Report of the Imperial Institute of Veterinary Research, Muktesar
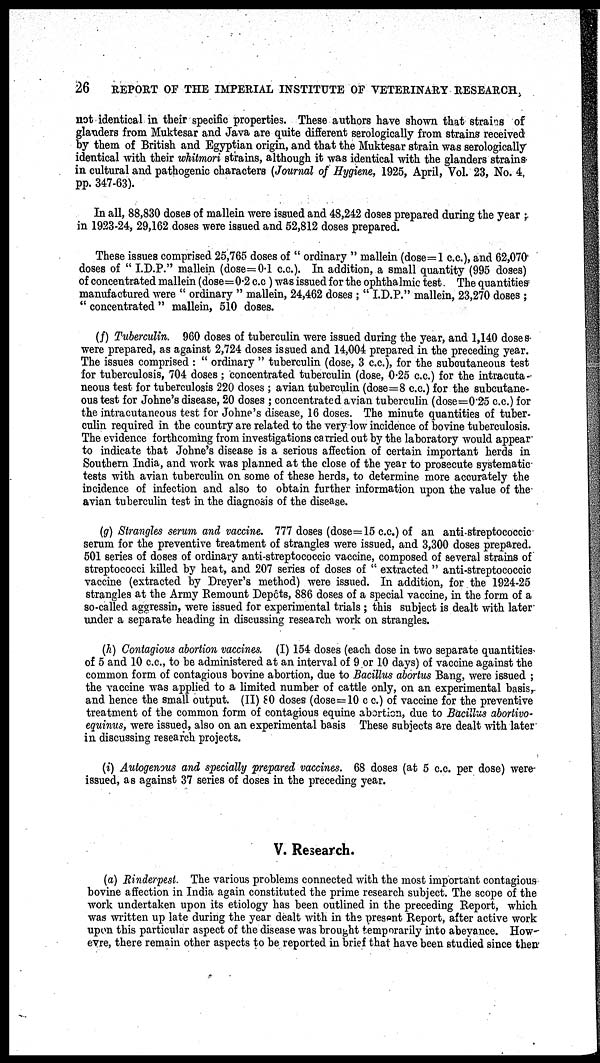
26
REPORT OF THE IMPERIAL INSTITUTE OF VETERINARY RESEARCH,
not identical in their specific properties. These authors have shown that strains of
glanders from Muktesar and Java are quite different serologically from strains received
by them of British and Egyptian origin, and that the Muktesar strain was serologically
identical with their whitmori strains, although it was identical with the glanders strains
in cultural and pathogenic characters (Journal of Hygiene, 1925, April, Vol. 23, No. 4,
pp. 347-63).
In all, 88,830 doses of mallein were issued and 48,242 doses prepared during the year ;
in 1923-24, 29,162 doses were issued and 52,812 doses prepared.
These issues comprised 25,765 doses of " ordinary " mallein (dose=1 c.c.), and 62,070
doses of " I.D.P." mallein (dose=0.1 c.c.). In addition, a small quantity (995 doses)
of concentrated mallein (dose=0.2 c.c.) was issued for the ophthalmic test. The quantities
manufactured were " ordinary " mallein, 24,462 doses ; " I.D.P." mallein, 23,270 doses ;
" concentrated " mallein, 510 doses.
(f) Tuberculin. 960 doses of tuberculin were issued during the year, and 1,140 doses
were prepared, as against 2,724 doses issued and 14,004 prepared in the preceding year.
The issues comprised : " ordinary " tuberculin (dose, 3 c.c.), for the subcutaneous test
for tuberculosis, 704 doses ; concentrated tuberculin (dose, 0.25 c.c.) for the intracuta-
neous test for tuberculosis 220 doses ; avian tuberculin (dose=8 c.c.) for the subcutane-
ous test for Johne's disease, 20 doses ; concentrated avian tuberculin (dose=0.25 c.c.) for
the intracutaneous test for Johne's disease, 16 doses. The minute quantities of tuber-
culin required in the country are related to the very low incidence of bovine tuberculosis.
The evidence forthcoming from investigations carried out by the laboratory would appear
to indicate that Johne's disease is a serious affection of certain important herds in
Southern India, and work was planned at the close of the year to prosecute systematic
tests with avian tuberculin on some of these herds, to determine more accurately the
incidence of infection and also to obtain further information upon the value of the
avian tuberculin test in the diagnosis of the disease.
(g) Strangles serum and vaccine. 777 doses (dose= 15 c.c.) of an anti-streptococcic
serum for the preventive treatment of strangles were issued, and 3,300 doses prepared.
501 series of doses of ordinary anti-streptococcic vaccine, composed of several strains of
streptococci killed by heat, and 207 series of doses of " extracted " anti-streptococcic
vaccine (extracted by Dreyer's method) were issued. In addition, for the 1924-25
strangles at the Army Remount Depôts, 886 doses of a special vaccine, in the form of a
so-called aggressin, were issued for experimental trials ; this subject is dealt with later
under a separate heading in discussing research work on strangles.
(h) Contagious abortion vaccines. (I) 154 doses (each dose in two separate quantities
of 5 and 10 c.c., to be administered at an interval of 9 or 10 days) of vaccine against the
common form of contagious bovine abortion, due to Bacillus abortus Bang, were issued ;
the vaccine was applied to a limited number of cattle only, on an experimental basis,
and hence the small output. (II) 80 doses (dose=10 c. c.) of vaccine for the preventive
treatment of the common form of contagious equine abortion, due to Bacillus abortivo¬
equinus, were issued, also on an experimental basis These subjects are dealt with later
in discussing research projects.
(i) Autogenous and specially prepared vaccines. 68 doses (at 5 c.c. per dose) were
issued, as against 37 series of doses in the preceding year.
V. Research.
(a) Rinderpest. The various problems connected with the most important contagious
bovine affection in India again constituted the prime research subject. The scope of the
work undertaken upon its etiology has been outlined in the preceding Report, which
was written up late during the year dealt with in the present Report, after active work
upon this particular aspect of the disease was brought temporarily into abeyance. How¬
evre, there remain other aspects to be reported in brief that have been studied since then